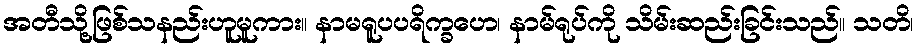
အတီသို့ဖြစ်သနည်းဟူမူကား။ နာမရူပပရိက္ခဟေ၊ နာမ်ရုပ်ကို သိမ်းဆည်းခြင်းသည်။ သတိ၊